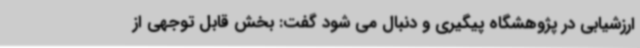
ارزشیابی در پژوهشگاه پیگیری و دنبال می شود گفت: بخش قابل توجهی از